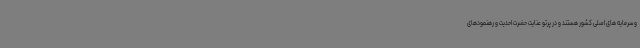
و سرمایه های اصلی کشور هستند و در پرتو عنایت حضرت احدیت و رهنمودهای